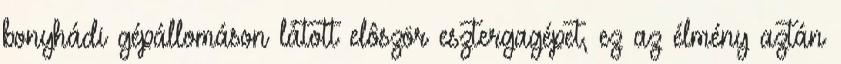
bonyhádi gépállomáson látott elôször esztergagépet, ez az élmény aztán